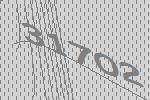
31702